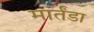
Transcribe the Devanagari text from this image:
मार्तंडा